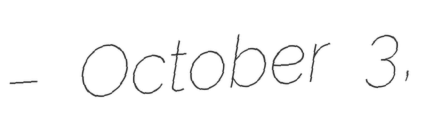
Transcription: – October 3,